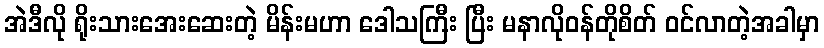
အဲဒီလို ရိုးသားအေးဆေးတဲ့ မိန်းမဟာ ဒေါသကြီး ပြီး မနာလိုဝန်တိုစိတ် ဝင်လာတဲ့အခါမှာ